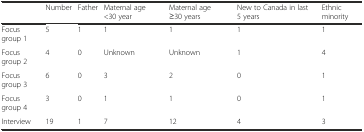
|  | Number | Father | Maternal age <30 year | Maternal age ≥30 years | New to Canada in last 5 years | Ethnic minority |
 | --- | --- | --- | --- | --- | --- | --- |
 | Focus group 1 | 5 | 1 | 1 | 1 | 1 | 1 |
 | Focus group 2 | 4 | 0 | Unknown | Unknown | 1 | 4 |
 | Focus group 3 | 6 | 0 | 3 | 2 | 0 | 1 |
 | Focus group 4 | 3 | 0 | 1 | 1 | 0 | 1 |
 | Interview | 19 | 1 | 7 | 12 | 4 | 3 |